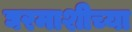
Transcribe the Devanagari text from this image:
घरमाशीच्या